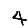
Digit: 4